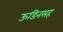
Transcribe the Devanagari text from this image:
ऊडिनसह